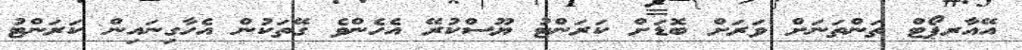
އޭއާރޕޯޓް ތަންތަނަށް ވަރަށް ބޮޑަށް ކަރަންޓު ޔޫސްކުރޭ އެހެންވެ ގޭތަކުން އެހާގިނައިން ކަރަންޓު